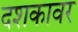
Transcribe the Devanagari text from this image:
दशकावर